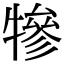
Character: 犙